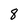
Character: 8